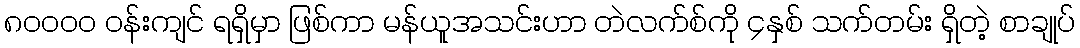
၈၀၀၀၀ ဝန်းကျင် ရရှိမှာ ဖြစ်ကာ မန်ယူအသင်းဟာ တဲလက်စ်ကို ၄နှစ် သက်တမ်း ရှိတဲ့ စာချုပ်